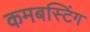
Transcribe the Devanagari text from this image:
कमबस्टिंग